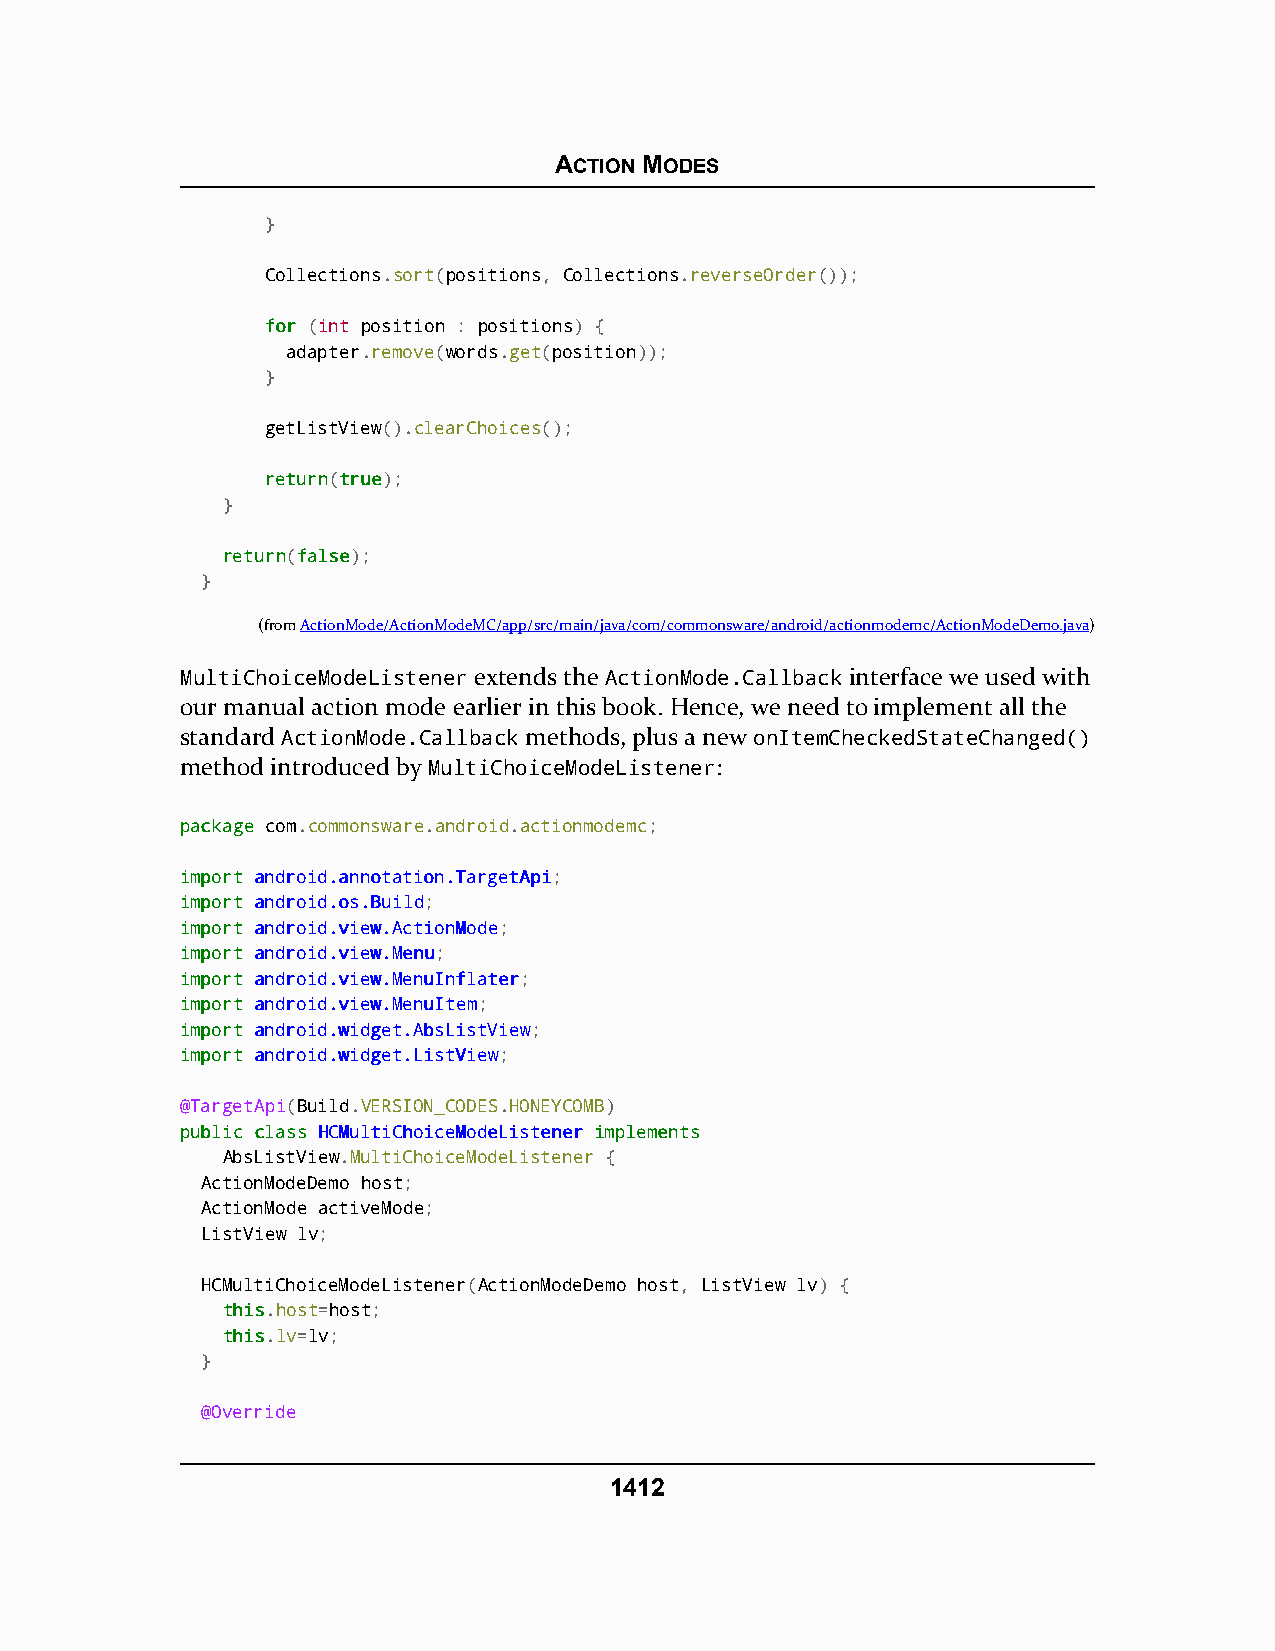
ACTION MODES
 }
 Collections.sort(positions, Collections.reverseOrder());
 ffoorr (int position : positions) {
 adapter.remove(words.get(position));
 }
 getListView().clearChoices();
 rreettuurrnn(ttrruuee);
 }
 rreettuurrnn(ffaallssee);
 }
 (fromActionMode/ActionModeMC/app/src/main/java/com/commonsware/android/actionmodemc/ActionModeDemo.java)
 MultiChoiceModeListener extends the ActionMode.Callback interface we used with
 our manual action mode earlier in this book. Hence, we need to implement all the
 standard ActionMode.Callback methods, plus a new onItemCheckedStateChanged()
 method introduced by MultiChoiceModeListener:
 ppaacckkaaggee com.commonsware.android.actionmodemc;
 iimmppoorrtt aannddrrooiidd..aannnnoottaattiioonn..TTaarrggeettAAppii;
 iimmppoorrtt aannddrrooiidd..ooss..BBuuiilldd;
 iimmppoorrtt aannddrrooiidd..vviieeww..AAccttiioonnMMooddee;
 iimmppoorrtt aannddrrooiidd..vviieeww..MMeennuu;
 iimmppoorrtt aannddrrooiidd..vviieeww..MMeennuuIInnffllaatteerr;
 iimmppoorrtt aannddrrooiidd..vviieeww..MMeennuuIItteemm;
 iimmppoorrtt aannddrrooiidd..wwiiddggeett..AAbbssLLiissttVViieeww;
 iimmppoorrtt aannddrrooiidd..wwiiddggeett..LLiissttVViieeww;
 @TargetApi(Build.VERSION_CODES.HONEYCOMB)
 ppuubblliicc ccllaassss HHCCMMuullttiiCChhooiicceeMMooddeeLLiisstteenneerr iimmpplleemmeennttss
 AbsListView.MultiChoiceModeListener {
 ActionModeDemo host;
 ActionMode activeMode;
 ListView lv;
 HCMultiChoiceModeListener(ActionModeDemo host, ListView lv) {
 tthhiiss.host=host;
 tthhiiss.lv=lv;
 }
 @Override
 1412